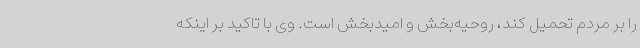
را بر مردم تحمیل کند، روحیه‌بخش و امیدبخش است. وی با تاکید بر اینکه